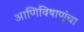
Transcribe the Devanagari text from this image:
आणिविषाणूंचा